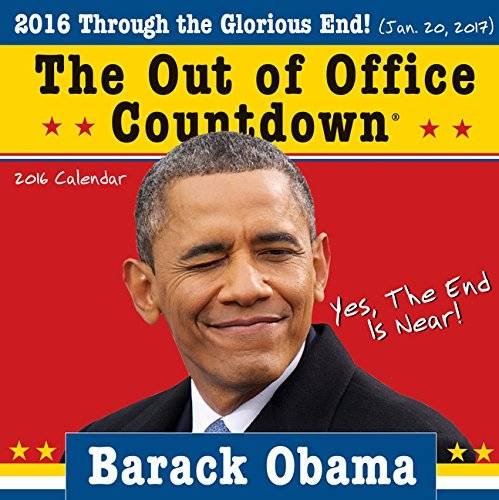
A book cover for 2016 Obama Out of Office Countdown Wall Calendar: Through the Glorious End!; Sourcebooks; Calendars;